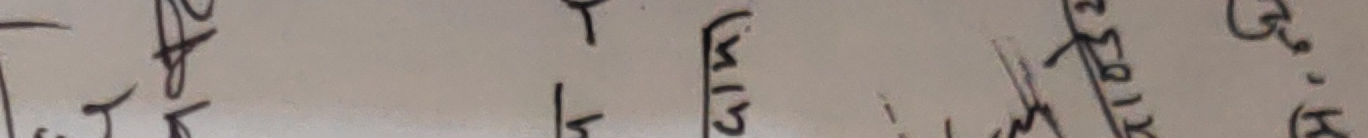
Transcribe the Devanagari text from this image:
√13

छोडएर